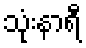
သုံးနာရီ